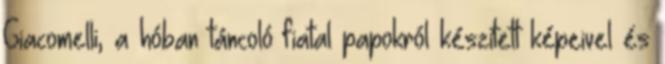
Giacomelli, a hóban táncoló fiatal papokról készített képeivel és